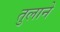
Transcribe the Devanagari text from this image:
तुलाने